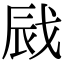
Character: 𢦿